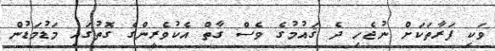
ވަކި ފަރާތަކަށް ނުޖެހި ދެ ޤައުމުގެ ވެސް ގާތް އެކުވެރީންގެ ގޮތުގައި މަޑުމަޑުން